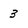
Character: 3